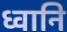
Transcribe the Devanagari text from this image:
ध्वानि